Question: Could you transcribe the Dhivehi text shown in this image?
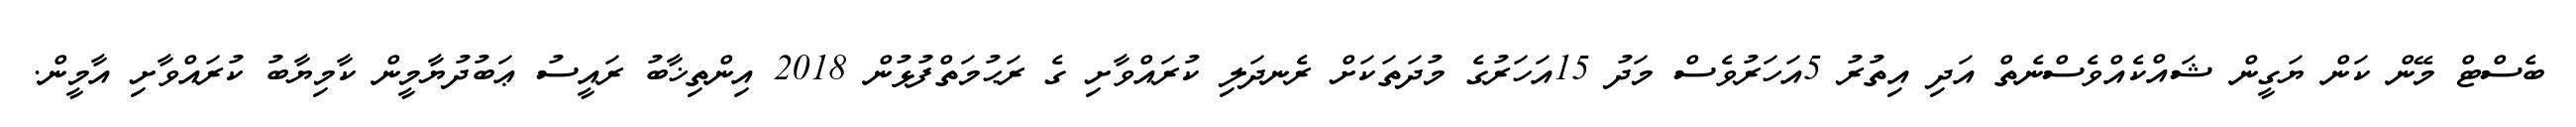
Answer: ބެސްޓް މޭން ކަން ޔަގީން ޝައްކެއްވެސްނެތް އަދި އިތުރު 5އަހަރުވެސް މަދު 15އަހަރުގެ މުދަތަކަށް ރެނދަލި ކުރައްވާށި ގެ ރަޙުމަތްފުޅުން 2018 އިންތިޚާބު ރައީސު ޢަބުދުޔާމީން ކާމިޔާބު ކުރައްވާށި އާމީން.